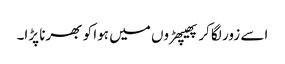
اسے زور لگا کر پھیپھڑوں میں ہوا کو بھرنا پڑا۔